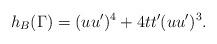
LaTeX: \begin{align*}h_B(\Gamma) = (u u')^4 + 4 t t' (u u')^3.\end{align*}